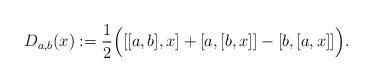
LaTeX: \begin{align*} D_{a,b}(x) := \frac{1}{2} \Big( [[a,b],x] + [a,[b,x]]-[b,[a,x]] \Big).\end{align*}